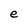
Character: e